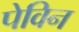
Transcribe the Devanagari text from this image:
पेविन